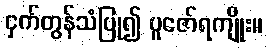
ငှက်တွန်သံပြု၍ ပူဇော်ရကျိုး။